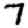
Digit: 7